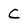
Character: C